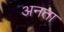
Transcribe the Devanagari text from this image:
अनता